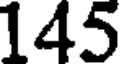
145